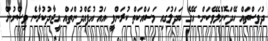
ދުވަސްތައް ހޭދަކޮށްލެވޭކަން. އޭގެ ބަދަލުގައި މަސައްކަތް ކުރަންވީ އައު އުފެއްދުންތައް އީޖާދުކުރާނެ ވިސްނުން